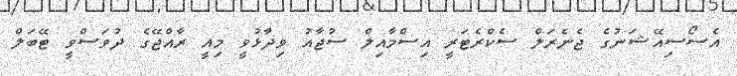
އެސޯސިއޭޝަނުގެ ޖެނެރަލް ސެކްރެޓަރީ އިސްމާއިލް ސުޖާއު ވިދާޅުވީ މިއީ ރާއްޖޭގެ ދުވަސްވީ ޓޭބަލް